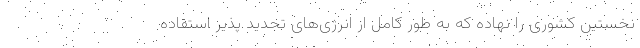
نخستین کشوری را نهاده که به طور کامل از انرژی‌های تجدید پذیر استفاده